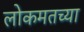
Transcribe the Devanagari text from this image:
लोकमतच्या